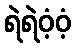
ရဲရဲဝံ့ဝံ့